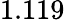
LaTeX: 1.119